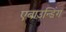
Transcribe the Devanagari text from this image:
एबाउन्डिंग